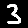
Digit: 3